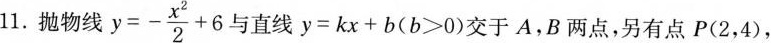
11.抛物线 $$y=- \frac{x ^{2}}{4} +6$$ 与直线$$y=kx+b(b>0)$$交于A，B两点，另有点P(2，4)，